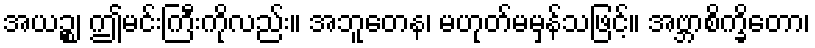
အယဉ္စ၊ ဤမင်းကြီးကိုလည်း။ အဘူတေန၊ မဟုတ်မမှန်သဖြင့်။ အဗ္ဘာစိက္ခိတော၊